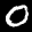
Label: 0